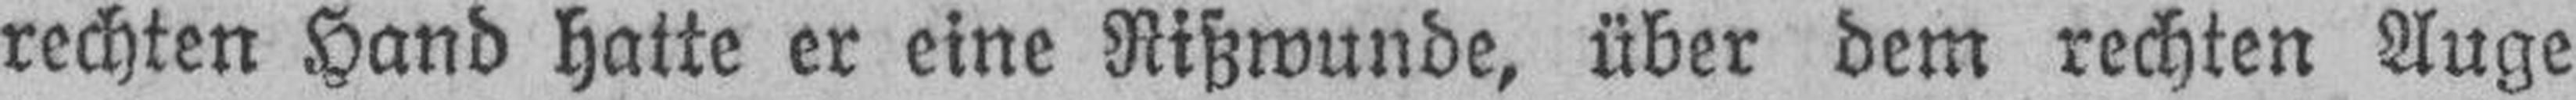
rechten Hand hatte er eine Rißwunde, über dem rechten Auge